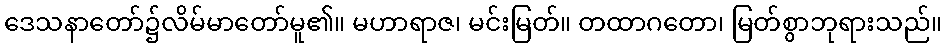
ဒေသနာတော်၌လိမ်မာတော်မူ၏။ မဟာရာဇ၊ မင်းမြတ်။ တထာဂတော၊ မြတ်စွာဘုရားသည်။